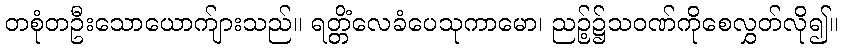
တစုံတဦးသောယောက်ျားသည်။ ရတ္တိံလေခံပေသုကာမော၊ ညဉ့်၌သဝဏ်ကိုစေလွှတ်လို၍။